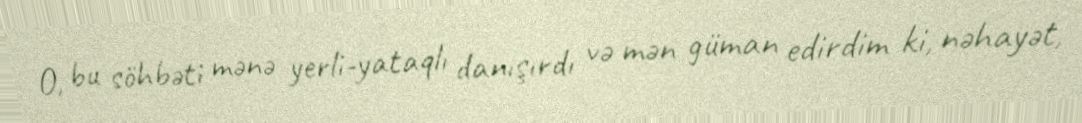
O, bu söhbəti mənə yerli-yataqlı danışırdı və mən güman edirdim ki, nəhayət,